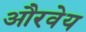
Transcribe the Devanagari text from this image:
औरवेय